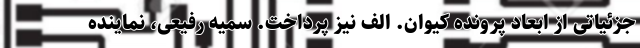
جزئیاتی از ابعاد پرونده کیوان. الف نیز پرداخت. سمیه رفیعی، نماینده